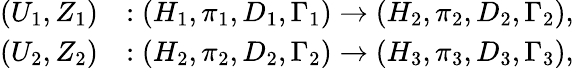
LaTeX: \begin{array}{rl}{(U_{1},Z_{1})}&{:(H_{1},\pi_{1},D_{1},\Gamma_{1})\to(H_{2},\pi_{2},D_{2},\Gamma_{2}),}\\ {(U_{2},Z_{2})}&{:(H_{2},\pi_{2},D_{2},\Gamma_{2})\to(H_{3},\pi_{3},D_{3},\Gamma_{3}),}\end{array}